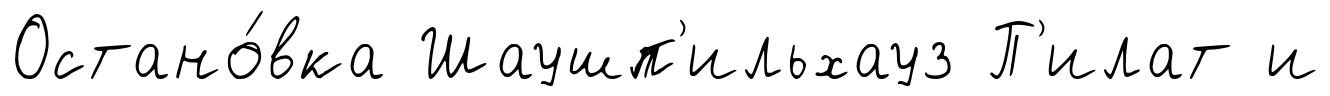
Остано́вка Шаушп'ильхауз П'илат и